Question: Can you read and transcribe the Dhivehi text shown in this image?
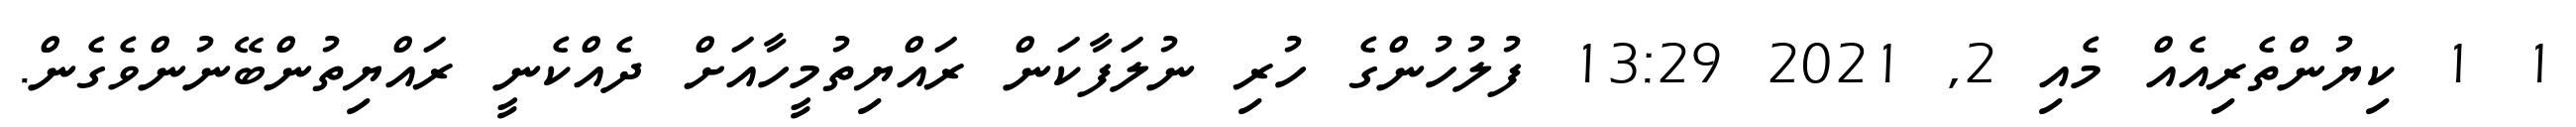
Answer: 1 1 ކިޔުންތެރިއެއް މެއި 2, 2021 13:29 ފުލުހުންގެ ހުރި ނުލަފާކަން ރައްޔިތުމީހާއަށް ދެއްކެނީ ރައްޔިތުންބޭނުންވެގެން.